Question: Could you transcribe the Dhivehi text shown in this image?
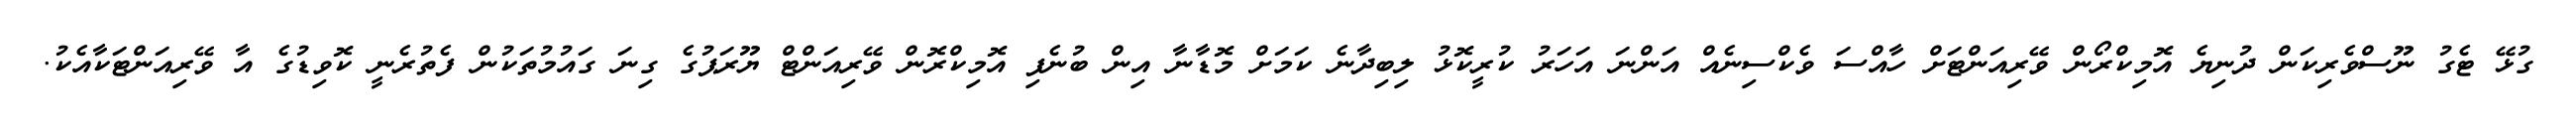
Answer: ގުޅޭ ޓެގު ނޫސްވެރިކަން ދުނިޔެ އޮމިކްރޯން ވޭރިއަންޓަށް ހާއްސަ ވެކްސިނެއް އަންނަ އަހަރު ކުރީކޮޅު ލިބިދާނެ ކަމަށް މޮޑާނާ އިން ބުނެފި އޮމިކްރޮން ވޭރިއަންޓް ޔޫރަޕުގެ ގިނަ ގައުމުތަކުން ފެތުރެނީ ކޮވިޑުގެ އާ ވޭރިއަންޓަކާއެކު.